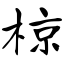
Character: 椋